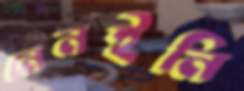
নেনইনি